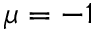
\mu = - 1